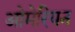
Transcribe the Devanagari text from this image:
ओमेरियन